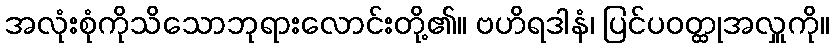
အလုံးစုံကိုသိသောဘုရားလောင်းတို့၏။ ဗဟိရဒါနံ၊ ပြင်ပဝတ္ထုအလှူကို။